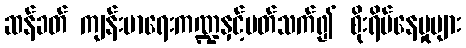
ဆန်ခတ် ကျန်းမာရေးကဏ္ဍနှင့်ပတ်သက်၍ စိုးရိမ်နေမှုများ